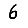
Digit: 6